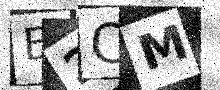
Text: E2CM